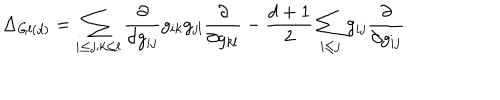
LaTeX: \Delta _ { G l ( d ) } = \sum _ { i \leq j ; k \leq l } \frac { \partial } { \partial g _ { i j } } g _ { i k } g _ { j l } \frac { \partial } { \partial g _ { k l } } - \frac { d + 1 } { 2 } \sum _ { i \leq j } g _ { i j } \frac { \partial } { \partial g _ { i j } }